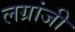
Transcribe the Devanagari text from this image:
लग्रांजी